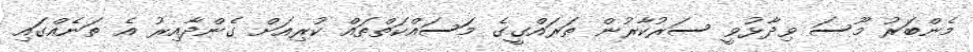
މެންބަރު މޫސަ ވިދާޅުވީ ސަރުކާރުން ތަރައްގީގެ މަސައްކަތްތައް ކުރިއަށް ގެންދާއިރު އެ ތަނެއްގައި